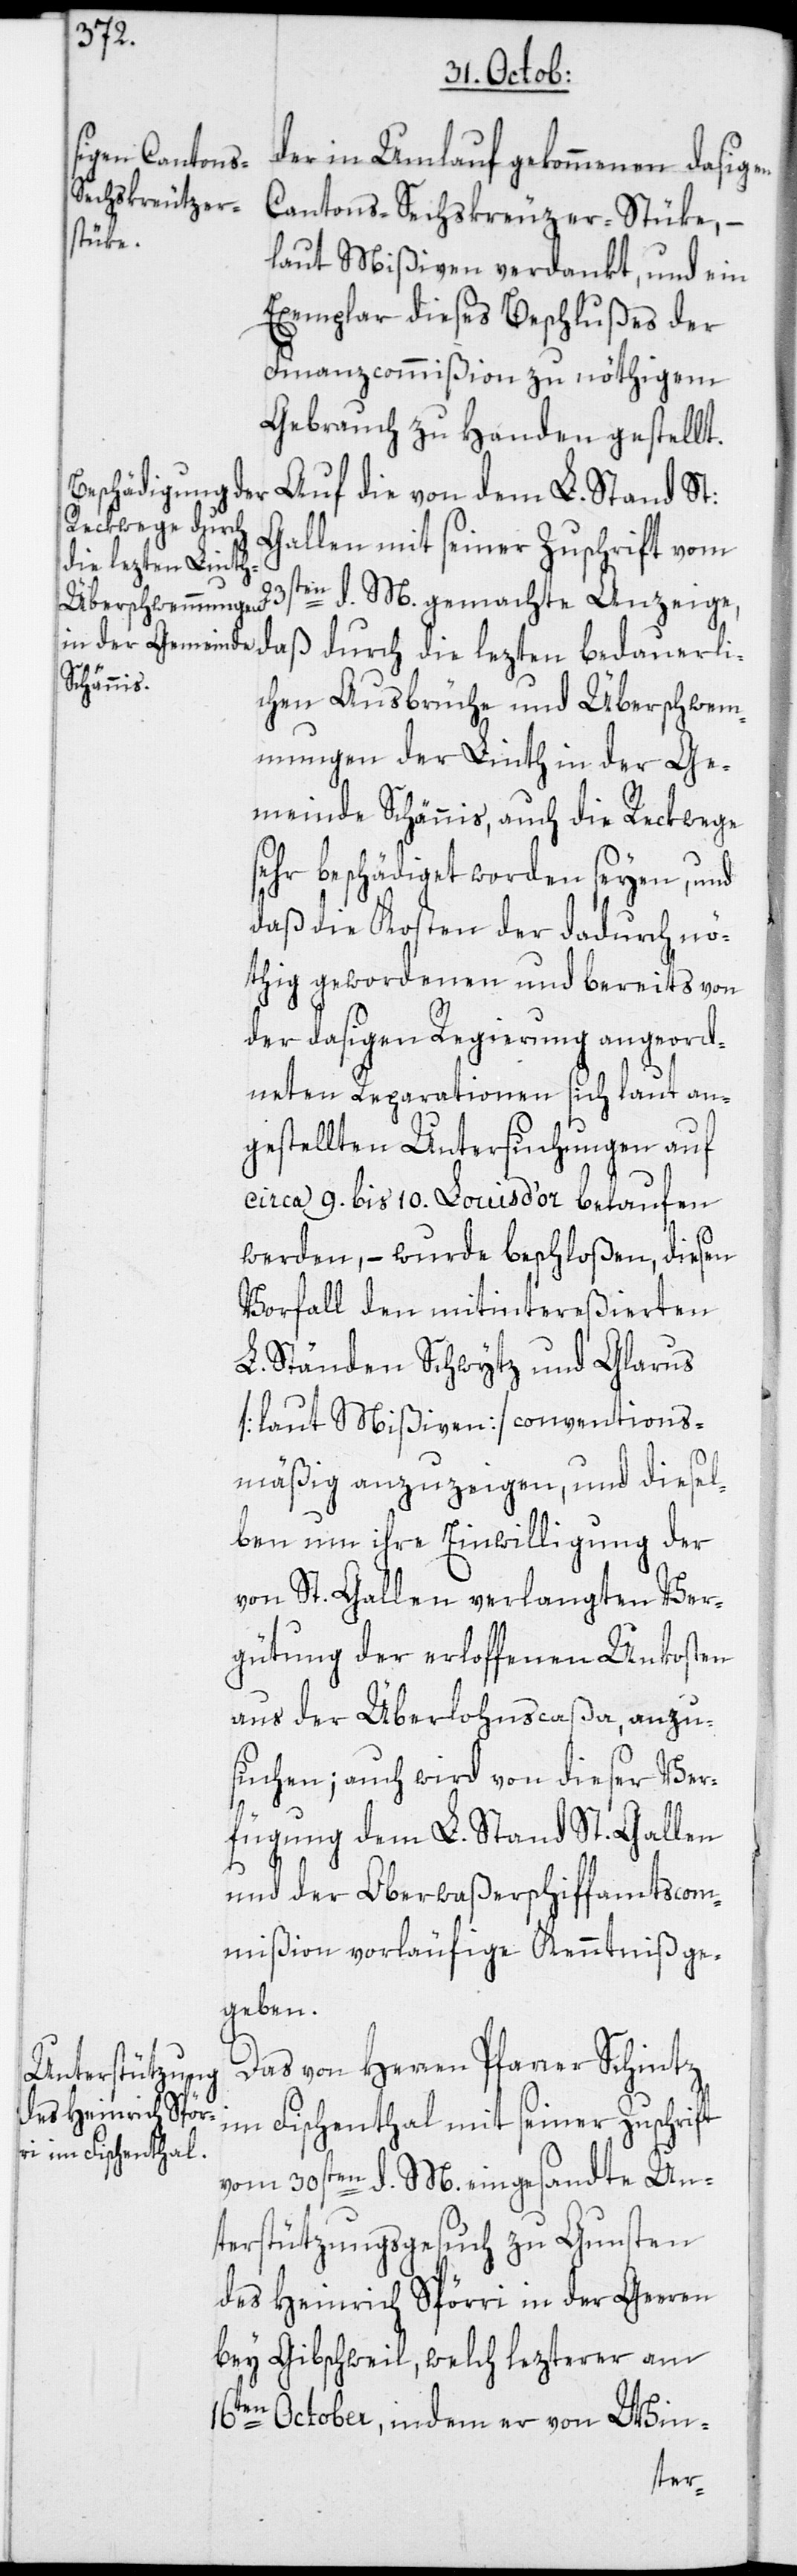
der in Umlauf gekommenen dasigen
Cantons-Sechskreuzer-Stüke, –
laut Mißiven verdankt, und ein
Exemplar dieses Beschlußes der
Finanzcommißion zu nöthigem
Gebrauch zu Handen gestellt.
Auf die von dem L. Stand St:
Gallen mit seiner Zuschrift vom
die lezten bedaue¬
rli¬
ten d. M. gemachte Anzeige,
chen Ausbrüche und Überschwem¬
mungen der Linth in der Ge¬
meinde Schännis, auch die Reckwege
sehr beschädiget worden seyen, und
daß die Kosten der dadurch nö¬
thig gewordenen und bereits von
der dasigen Regierung angeord¬
neten Reparationen sich laut an¬
gestellten Untersuchungen auf
circa 9. bis 10. Louis d’or belaufen
werden, – wurde beschloßen, diesen
Vorfall den mitintereßierten
L. Ständen Schwytz und Glarus
[laut Mißiven] conventions¬
mäßig anzuzeigen, und diesel¬
ben um ihre Einwilligung der
von St. Gallen verlangten Ver¬
gütung der erloffenen Unkosten
aus der Überlohnscaßa, anzu¬
suchen; auch wird von dieser Ver¬
fügung dem L. Stand St. Gallen
und der Oberwaßerschiffamtscom¬
mißion vorläufige Kenntniß ge¬
geben.
Das von Herren Pfarrer Schintz
im Fischenthal mit seiner Zuschrift
vom 30sten d. M. eingesandte Un¬
terstützungsgesuch zu Gunsten
des Heinrich Spörri in der Geeren
bey Gibschweil, welch lezterer am
16ten October, indem er von Win-